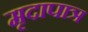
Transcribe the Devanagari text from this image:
मृदापात्र